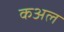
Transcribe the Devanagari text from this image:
कअल